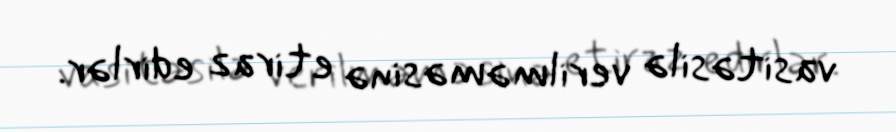
vasitəsilə verilməməsinə etiraz edirlər.